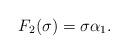
LaTeX: \begin{align*}F_2(\sigma)=\sigma\alpha_1.\end{align*}